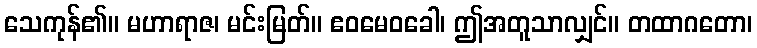
သေကုန်၏။ မဟာရာဇ၊ မင်းမြတ်။ ဧဝမေဝခေါ၊ ဤအတူသာလျှင်။ တထာဂတော၊